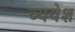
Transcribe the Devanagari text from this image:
व्ययेश